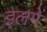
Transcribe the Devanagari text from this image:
इलमें